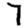
Digit: 7